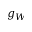
g _ { W }